Indian journal of veterinary science and animal husbandry - Volume 6,
Year: 1936
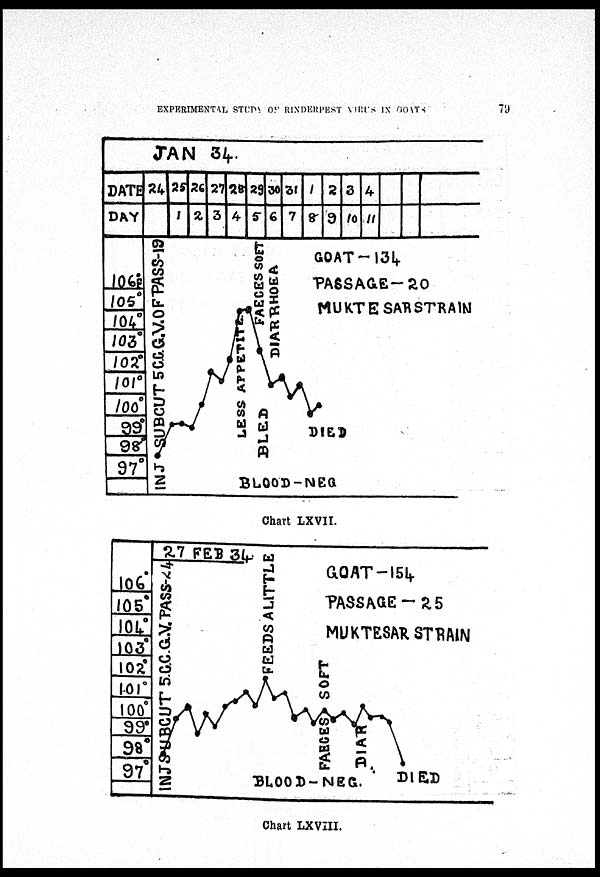
EXPERIMENTAL STUDY OF RINDERPEST VIRUS IN GOATS
79
Chart LXVII.
Chart LXVIII.